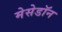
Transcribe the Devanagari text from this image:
मेसेडॉन